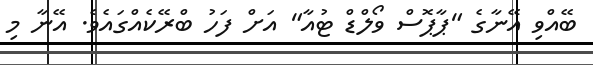
ބޭއްވި އޭނާގެ "ޕާޕޮސް ވޯލްޑް ޓުއާ" އަށް ފަހު ބްރޭކެއްގައެވެ. އޭނާ މި